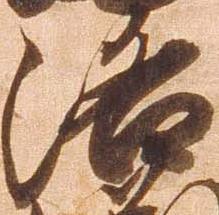
洛